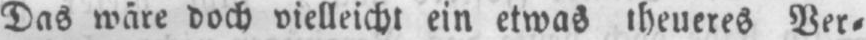
Das wäre doch vielleicht ein etwas theueres Ver⸗